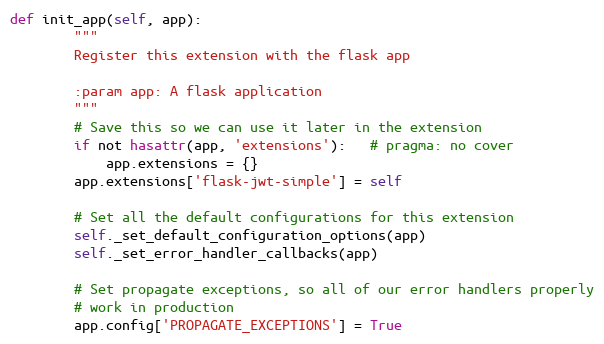
Language: Python
def init_app(self, app):
        """
        Register this extension with the flask app

        :param app: A flask application
        """
        # Save this so we can use it later in the extension
        if not hasattr(app, 'extensions'):   # pragma: no cover
            app.extensions = {}
        app.extensions['flask-jwt-simple'] = self

        # Set all the default configurations for this extension
        self._set_default_configuration_options(app)
        self._set_error_handler_callbacks(app)

        # Set propagate exceptions, so all of our error handlers properly
        # work in production
        app.config['PROPAGATE_EXCEPTIONS'] = True